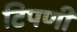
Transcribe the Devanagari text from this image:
टिपणी